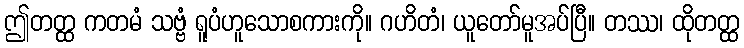
ဤတတ္ထ ကတမံ သဗ္ဗံ ရူပံဟူသောစကားကို။ ဂဟိတံ၊ ယူတော်မူအပ်ပြီ။ တဿ၊ ထိုတတ္ထ